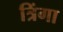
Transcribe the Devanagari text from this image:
त्रिंगा